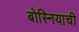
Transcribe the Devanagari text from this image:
बोस्नियाची